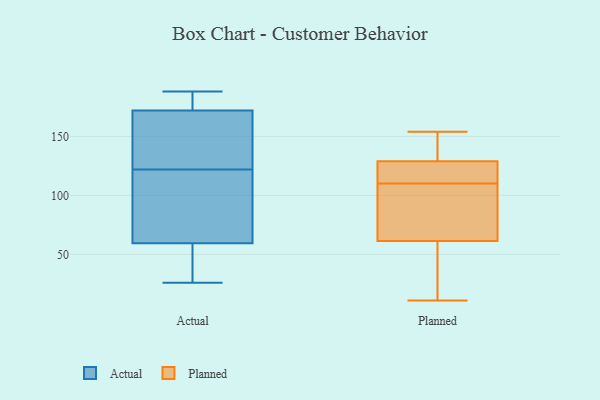
{"axis": {"x": "Conversion Rate (%)", "y": "Value"}, "legend": ["Actual", "Planned"], "data": [{"x": "", "y": 188, "type": "Actual"}, {"x": "", "y": 26, "type": "Actual"}, {"x": "", "y": 153, "type": "Actual"}, {"x": "", "y": 73, "type": "Actual"}, {"x": "", "y": 94, "type": "Actual"}, {"x": "", "y": 122, "type": "Actual"}, {"x": "", "y": 174, "type": "Actual"}, {"x": "", "y": 55, "type": "Actual"}, {"x": "", "y": 175, "type": "Actual"}, {"x": "", "y": 166, "type": "Actual"}, {"x": "", "y": 52, "type": "Actual"}, {"x": "", "y": 65, "type": "Planned"}, {"x": "", "y": 27, "type": "Planned"}, {"x": "", "y": 127, "type": "Planned"}, {"x": "", "y": 135, "type": "Planned"}, {"x": "", "y": 151, "type": "Planned"}, {"x": "", "y": 50, "type": "Planned"}, {"x": "", "y": 127, "type": "Planned"}, {"x": "", "y": 98, "type": "Planned"}, {"x": "", "y": 154, "type": "Planned"}, {"x": "", "y": 110, "type": "Planned"}, {"x": "", "y": 11, "type": "Planned"}, {"x": "", "y": 103, "type": "Planned"}, {"x": "", "y": 122, "type": "Planned"}]}